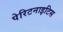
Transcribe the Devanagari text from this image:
पेरिटनाइटिस